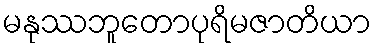
မနုဿဘူတောပုရိမဇာတိယာ